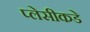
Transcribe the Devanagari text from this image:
प्लेसीकडे